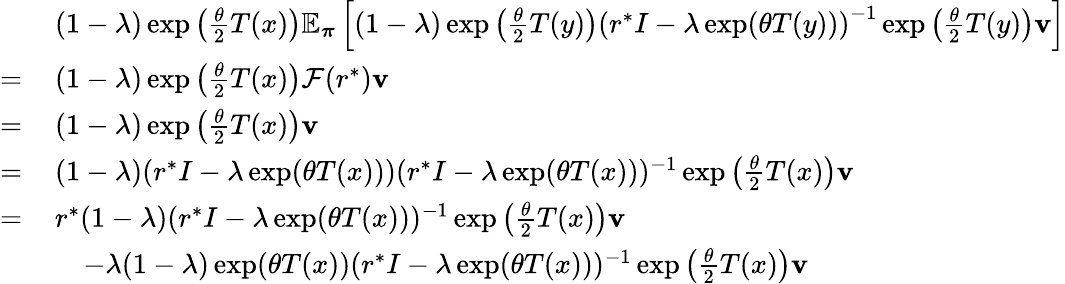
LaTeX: \begin{array}{rl}&{(1-\lambda)\exp\left(\frac{\theta}{2}T(x)\right)\mathbb{E}_{\boldsymbol\pi}\left[(1-\lambda)\exp\left(\frac{\theta}{2}T(y)\right)\left(r^{*}I-\lambda\exp(\theta T(y))\right)^{-1}\exp\left(\frac{\theta}{2}T(y)\right)\mathbf{v}\right]}\\ {=\, }&{(1-\lambda)\exp\left(\frac{\theta}{2}T(x)\right)\mathcal{F}(r^{*})\mathbf{v}}\\ {=\, }&{(1-\lambda)\exp\left(\frac{\theta}{2}T(x)\right)\mathbf{v}}\\ {=\, }&{(1-\lambda)(r^{*}I-\lambda\exp(\theta T(x)))(r^{*}I-\lambda\exp(\theta T(x)))^{-1}\exp\left(\frac{\theta}{2}T(x)\right)\mathbf{v}}\\ {=\, }&{r^{*}(1-\lambda)(r^{*}I-\lambda\exp(\theta T(x)))^{-1}\exp\left(\frac{\theta}{2}T(x)\right)\mathbf{v}}\\ &{\quad-\lambda(1-\lambda)\exp(\theta T(x))(r^{*}I-\lambda\exp(\theta T(x)))^{-1}\exp\left(\frac{\theta}{2}T(x)\right)\mathbf{v}}\end{array}